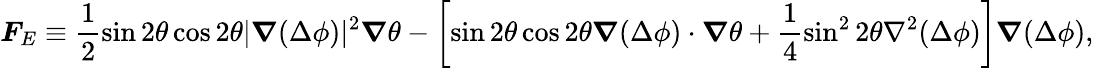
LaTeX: \boldsymbol{F}_{E}\equiv\frac{1}{2}\sin 2\theta\cos 2\theta|\boldsymbol{\nabla}(\Delta\phi)|^{2}\boldsymbol{\nabla}\theta-\left[\sin 2\theta\cos 2\theta\boldsymbol{\nabla}(\Delta\phi)\cdot\boldsymbol{\nabla}\theta+\frac 14\sin^{2}2\theta\nabla^{2}(\Delta\phi)\right]\boldsymbol{\nabla}(\Delta\phi),